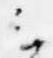
云